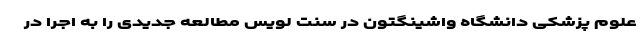
علوم پزشکی دانشگاه واشینگتون در سنت لویس مطالعه جدیدی را به اجرا در